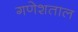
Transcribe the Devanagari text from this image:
गणेशताल